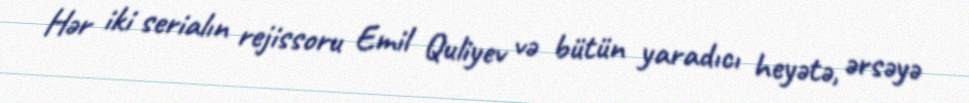
Hər iki serialın rejissoru Emil Quliyev və bütün yaradıcı heyətə, ərsəyə